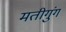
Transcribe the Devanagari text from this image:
मतीगुंग